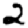
Digit: 2